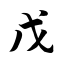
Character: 戊